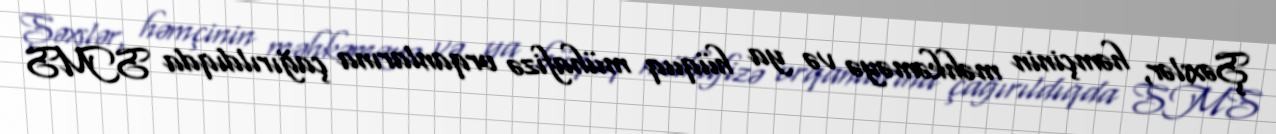
Şəxslər, həmçinin məhkəməyə və ya hüquq mühafizə orqanlarına çağırıldıqda SMS